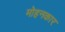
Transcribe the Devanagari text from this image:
मोहनकार